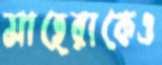
সাহেরাকেও